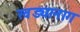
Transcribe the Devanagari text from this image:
खड्यानाग